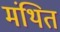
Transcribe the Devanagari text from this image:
मंथित